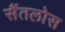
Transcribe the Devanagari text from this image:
सैंतलोस